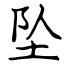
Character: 坠